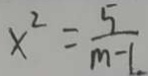
x ^ { 2 } = \frac { 5 } { m - 1 . }